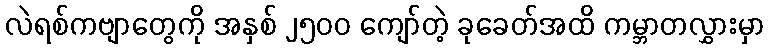
လဲရစ်ကဗျာတွေကို အနှစ် ၂၅၀၀ ကျော်တဲ့ ခုခေတ်အထိ ကမ္ဘာတလွှားမှာ